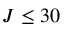
J \leq 3 0